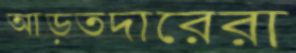
আড়তদারেরা